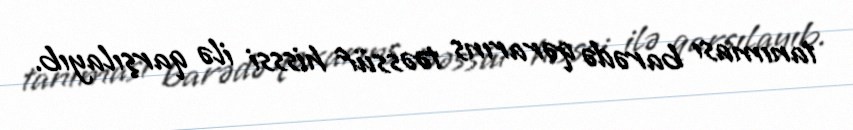
tanıması barədə qərarıns təəssüf hisssi ilə qarşılayıb.